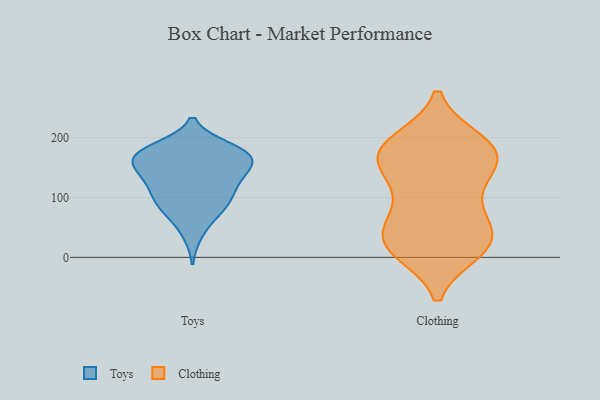
{"axis": {"x": "Waste Production (Tons)", "y": "Value"}, "legend": ["Clothing", "Toys"], "data": [{"x": "", "y": 39, "type": "Toys"}, {"x": "", "y": 173, "type": "Toys"}, {"x": "", "y": 77, "type": "Toys"}, {"x": "", "y": 92, "type": "Toys"}, {"x": "", "y": 183, "type": "Toys"}, {"x": "", "y": 107, "type": "Toys"}, {"x": "", "y": 180, "type": "Toys"}, {"x": "", "y": 93, "type": "Toys"}, {"x": "", "y": 166, "type": "Toys"}, {"x": "", "y": 149, "type": "Toys"}, {"x": "", "y": 161, "type": "Toys"}, {"x": "", "y": 171, "type": "Toys"}, {"x": "", "y": 132, "type": "Toys"}, {"x": "", "y": 160, "type": "Toys"}, {"x": "", "y": 178, "type": "Toys"}, {"x": "", "y": 140, "type": "Toys"}, {"x": "", "y": 128, "type": "Toys"}, {"x": "", "y": 74, "type": "Toys"}, {"x": "", "y": 116, "type": "Toys"}, {"x": "", "y": 193, "type": "Clothing"}, {"x": "", "y": 190, "type": "Clothing"}, {"x": "", "y": 85, "type": "Clothing"}, {"x": "", "y": 181, "type": "Clothing"}, {"x": "", "y": 15, "type": "Clothing"}, {"x": "", "y": 182, "type": "Clothing"}, {"x": "", "y": 75, "type": "Clothing"}, {"x": "", "y": 178, "type": "Clothing"}, {"x": "", "y": 12, "type": "Clothing"}, {"x": "", "y": 151, "type": "Clothing"}, {"x": "", "y": 26, "type": "Clothing"}, {"x": "", "y": 140, "type": "Clothing"}, {"x": "", "y": 161, "type": "Clothing"}, {"x": "", "y": 27, "type": "Clothing"}, {"x": "", "y": 21, "type": "Clothing"}, {"x": "", "y": 64, "type": "Clothing"}, {"x": "", "y": 29, "type": "Clothing"}, {"x": "", "y": 142, "type": "Clothing"}]}